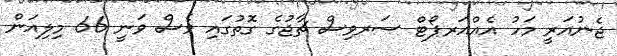
ޖެނުއަރީ މަހު އެއްއަރޕޯޓް ސަރވިސް ޗާޖުގެ ގޮތުގައި ވެސް ވަނީ 66 މިލިއަން